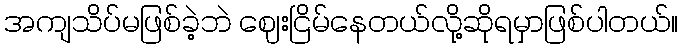
အကျသိပ်မဖြစ်ခဲ့ဘဲ ဈေးငြိမ်နေတယ်လို့ဆိုရမှာဖြစ်ပါတယ်။